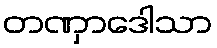
တဏှာဒေါသာ